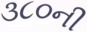
૩૮૦ની